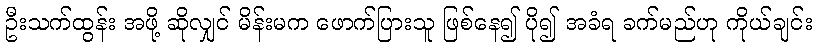
ဦးသက်ထွန်း အဖို့ ဆိုလျှင် မိန်းမက ဖောက်ပြားသူ ဖြစ်နေ၍ ပို၍ အခံရ ခက်မည်ဟု ကိုယ်ချင်း